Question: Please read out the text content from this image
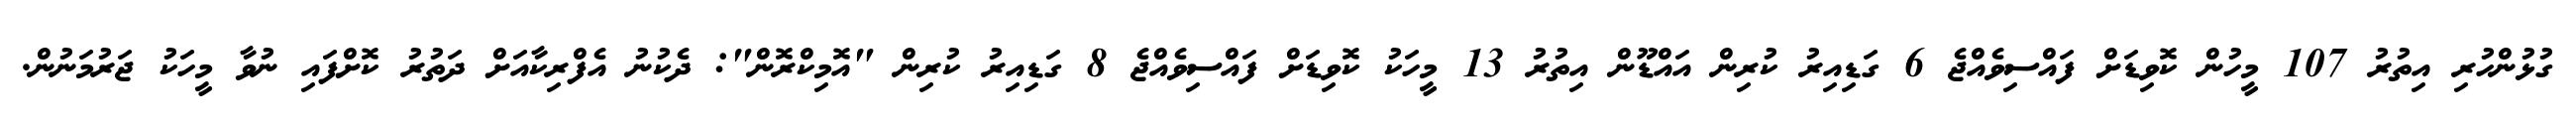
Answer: ގުޅުންހުރި އިތުރު 107 މީހުން ކޮވިޑަށް ފައްސިވެއްޖެ 6 ގަޑިއިރު ކުރިން އައްޑޫން އިތުރު 13 މީހަކު ކޮވިޑަށް ފައްސިވެއްޖެ 8 ގަޑިއިރު ކުރިން "އޮމިކްރޮން": ދެކުނު އެފްރިކާއަށް ދަތުރު ކޮށްފައި ނުވާ މީހަކު ޖަރުމަނުން.